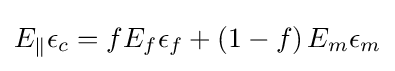
E_{\parallel }\epsilon _{c}=fE_{f}\epsilon _{f}+\left(1-f\right)E_{m}\epsilon _{m}